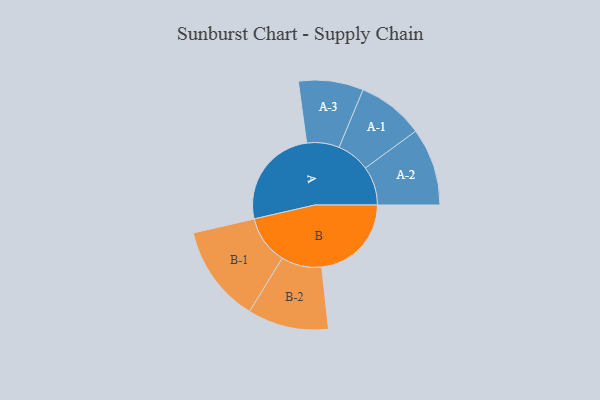
{"axis": {"x": "Segment", "y": "Value"}, "legend": ["", "A", "B"], "data": [{"x": "A", "y": 383, "type": ""}, {"x": "B", "y": 337, "type": ""}, {"x": "A-1", "y": 125, "type": "A"}, {"x": "A-2", "y": 146, "type": "A"}, {"x": "A-3", "y": 122, "type": "A"}, {"x": "B-1", "y": 183, "type": "B"}, {"x": "B-2", "y": 152, "type": "B"}]}